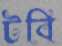
টবি